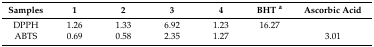
| Samples | 1 | 2 | 3 | 4 | BHT a | Ascorbic Acid |
 | --- | --- | --- | --- | --- | --- | --- |
 | DPPH | 1.26 | 1.33 | 6.92 | 1.23 | 16.27 |  |
 | ABTS | 0.69 | 0.58 | 2.35 | 1.27 |  | 3.01 |